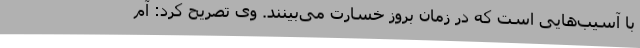
با آسیب‌هایی است که در زمان بروز خسارت می‌بینند. وی تصریح کرد: آم